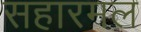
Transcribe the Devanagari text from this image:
सहारमल